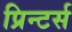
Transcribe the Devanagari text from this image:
प्रिन्टर्स